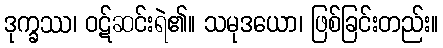
ဒုက္ခဿ၊ ဝဋ်ဆင်းရဲ၏။ သမုဒယော၊ ဖြစ်ခြင်းတည်း။